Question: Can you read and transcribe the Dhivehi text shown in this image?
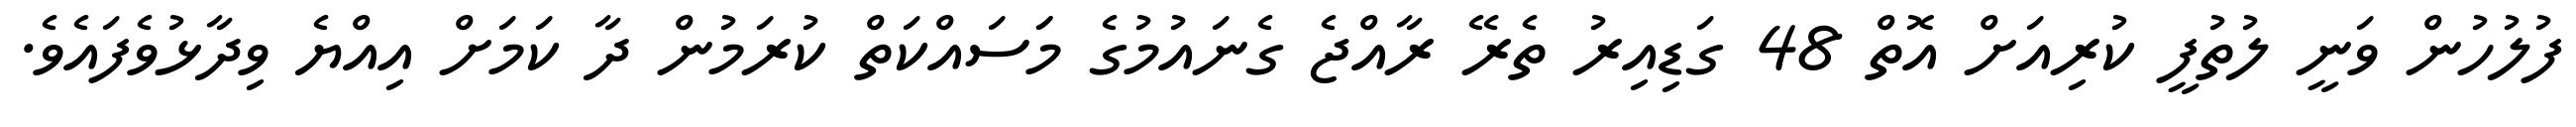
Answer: ފުލުހުން ވަނީ ލުތުފީ ކުރިއަށް އޮތް 48 ގަޑިއިރު ތެރޭ ރާއްޖެ ގެނައުމުގެ މަަސައްކަތް ކުރަމުން ދާ ކަމަށް އިއްޔެ ވިދާޅުވެފައެވެ.